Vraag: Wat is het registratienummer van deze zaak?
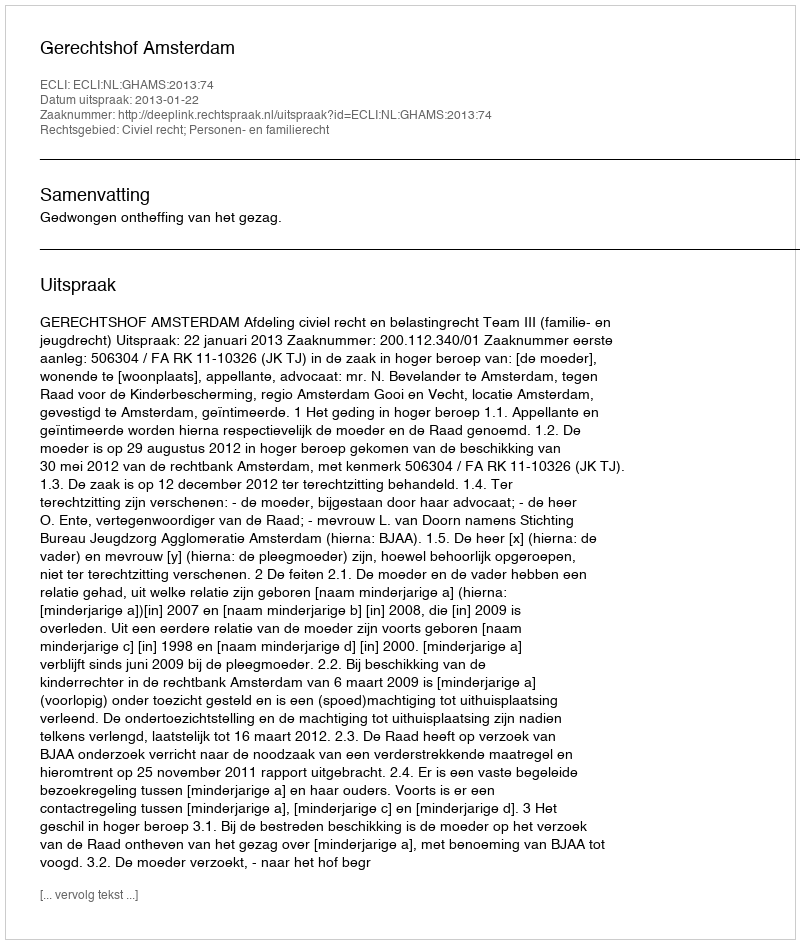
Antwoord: http://deeplink.rechtspraak.nl/uitspraak?id=ECLI:NL:GHAMS:2013:74